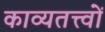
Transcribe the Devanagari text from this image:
काव्यतत्त्वों